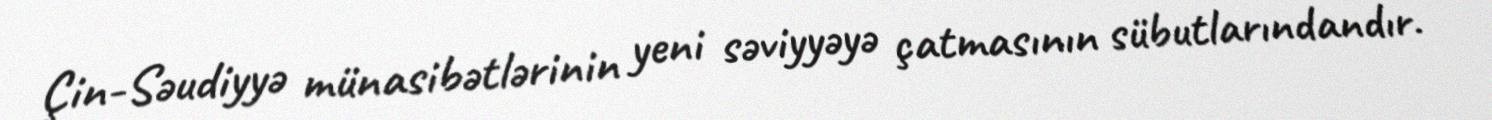
Çin-Səudiyyə münasibətlərinin yeni səviyyəyə çatmasının sübutlarındandır.